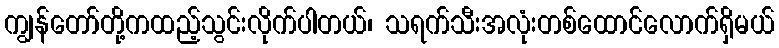
ကျွန်တော်တို့ကထည့်သွင်းလိုက်ပါတယ်၊ သရက်သီးအလုံးတစ်ထောင်လောက်ရှိမယ်